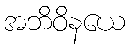
အဘိဝိနယေ